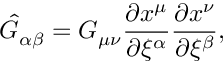
\hat { G } _ { \alpha \beta } = G _ { \mu \nu } { \frac { \partial x ^ { \mu } } { \partial \xi ^ { \alpha } } } { \frac { \partial x ^ { \nu } } { \partial \xi ^ { \beta } } } ,